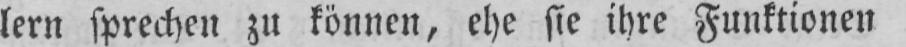
lern sprechen zu können, ehe sie ihre Funktionen